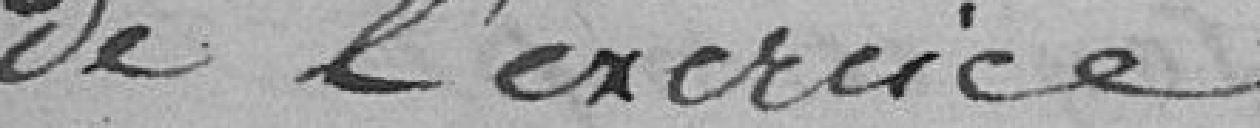
de l'exercice